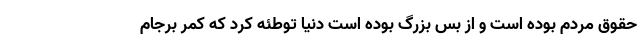
حقوق مردم بوده است و از بس بزرگ بوده است دنیا توطئه کرد که کمر برجام